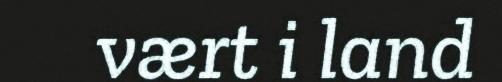
vært i land